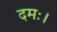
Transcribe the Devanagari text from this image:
दमः।